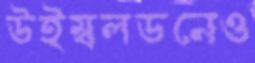
উইম্বলডনেও